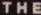
THE